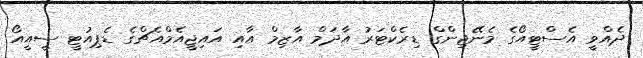
ދެއްވީ އެސްޓީއޯގެ މެނޭޖިންގް ޑިރެކްޓަރު އާދަމް އާޒިމް އާއި އައިޖީއެމްއެޗްގެ ޑެޕިއުޓީ ސީއީއޯ